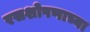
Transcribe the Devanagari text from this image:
रसशोषणाच्या